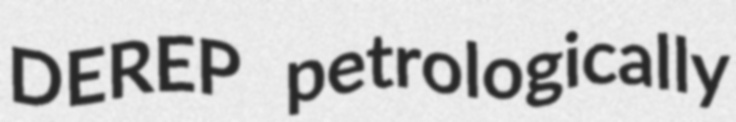
DEREP petrologically